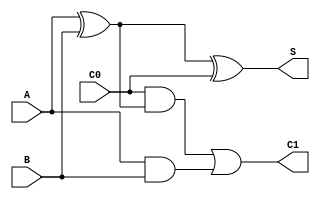
`timescale 1ns / 1ps
//////////////////////////////////////////////////////////////////////////////////
// Company: 
// Engineer: 
// 
// Design Name: 
// Module Name:    fulladder1bit 
// Project Name: 
// Target Devices: 
// Tool versions: 
// Description: 
//
// Dependencies: 
//
// Revision: 
// Revision 0.01 - File Created
// Additional Comments: 
//
//////////////////////////////////////////////////////////////////////////////////
module fulladder1bit(
    input C0,
    input A,
    input B,
    output S,
    output C1
    );
	 
	 assign S = A^B^C0;
	 assign C1 = (C0&(A^B))|(A&B);


endmodule